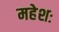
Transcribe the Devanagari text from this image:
महेशः